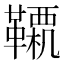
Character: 𩍊